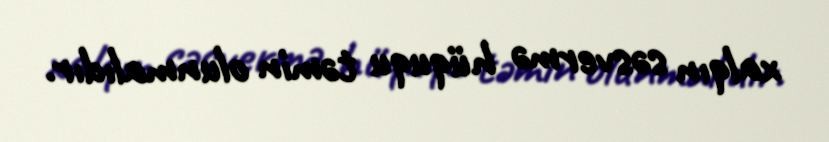
xalqın səsvermə hüququ təmin olunmalıdır.